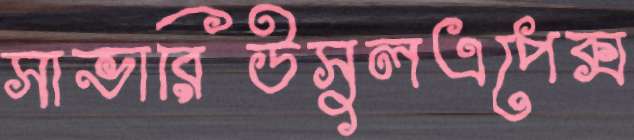
সাভারিউসুলএপেক্স